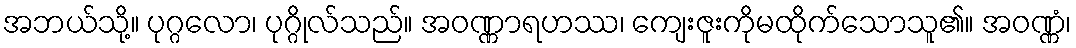
အဘယ်သို့။ ပုဂ္ဂလော၊ ပုဂ္ဂိုလ်သည်။ အဝဏ္ဏာရဟဿ၊ ကျေးဇူးကိုမထိုက်သောသူ၏။ အဝဏ္ဏံ၊